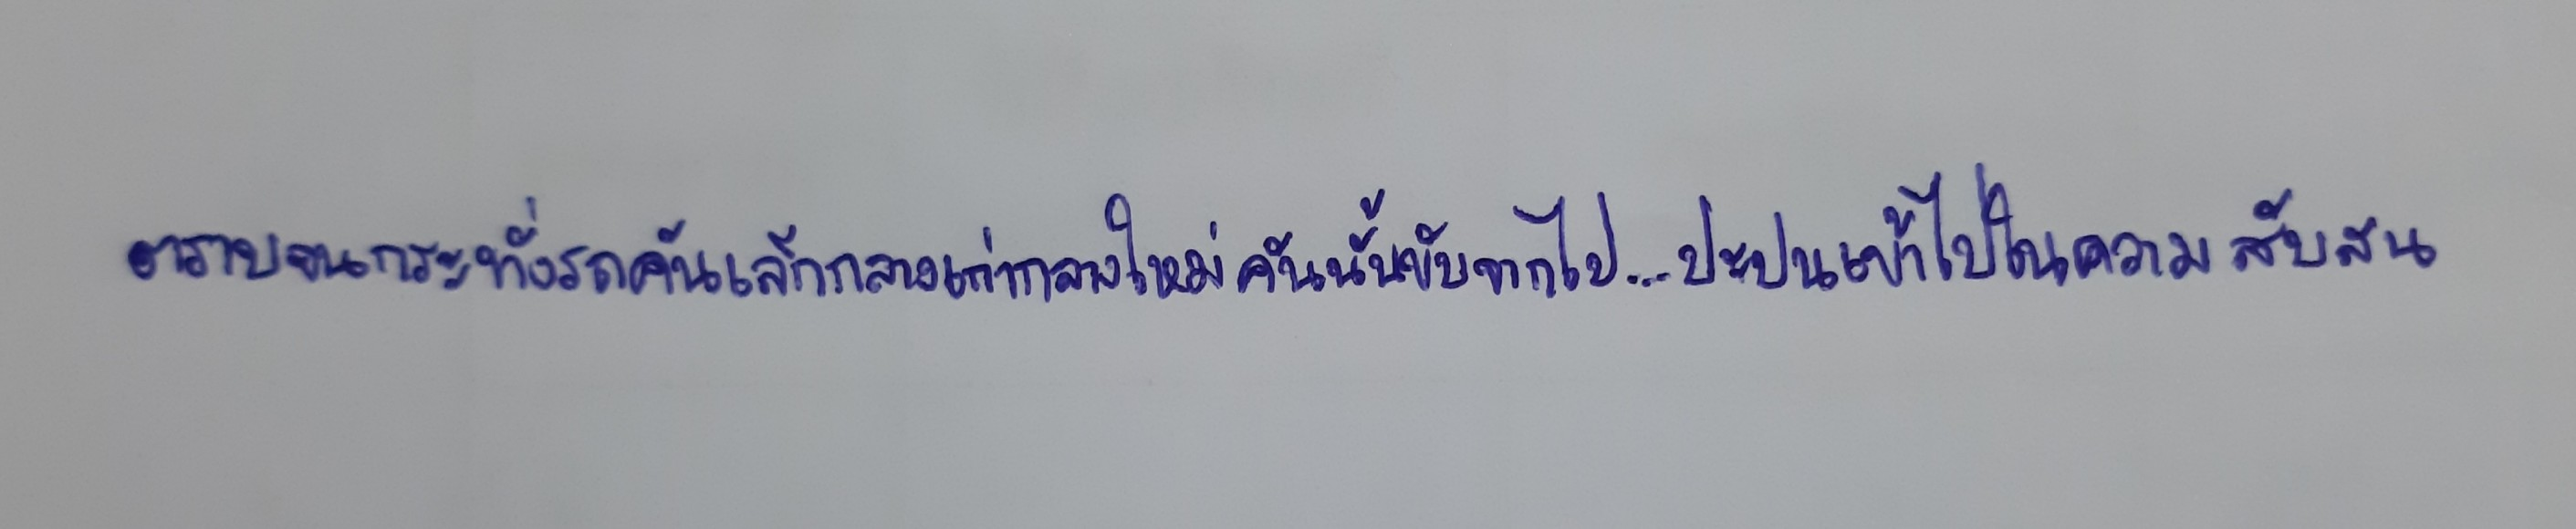
ตราบจนกระทั่งรถคันเล็กกลางเก่ากลางใหม่คันนั้นขับจากไป...ปะปนเข้าไปในความสับสน